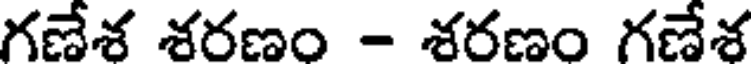
గణేశ శరణం - శరణం గణేశ